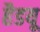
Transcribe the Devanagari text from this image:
हैडयू